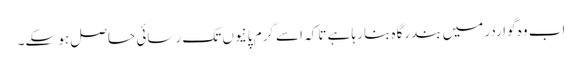
اب وہ گواردر میں بندرگاہ بنا رہا ہے تاکہ اسے گرم پانیوں تک رسائی حاصل ہو سکے۔